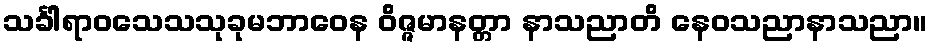
သင်္ခါရာဝသေသသုခုမဘာဝေန ဝိဇ္ဇမာနတ္တာ နာသညာတိ နေဝသညာနာသညာ။